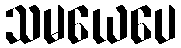
သမယေပေ